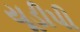
યૂડીપી